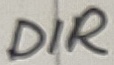
Text: DIR